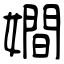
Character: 𡢃